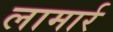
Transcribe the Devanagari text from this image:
लामार्र